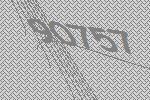
90757